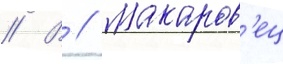
// В // Макаров'ец